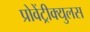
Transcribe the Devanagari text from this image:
प्रोवेंट्रीक्युलस